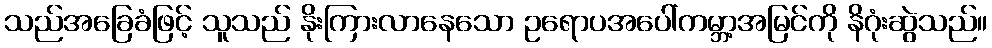
သည်အခြေခံဖြင့် သူသည် နိုးကြားလာနေသော ဥရောပအပေါ်ကမ္ဘာ့အမြင်ကို နိဂုံးဆွဲသည်။